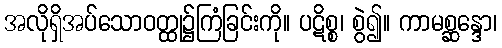
အလိုရှိအပ်သောဝတ္ထု၌ကြံခြင်းကို။ ပဋိစ္စ၊ စွဲ၍။ ကာမစ္ဆန္ဒော၊